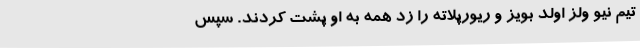
تیم نیو ولز اولد بویز و ریورپلاته را زد همه به او پشت کردند. سپس